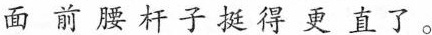
面 前 腰 杆 子挺 得 更 直 了